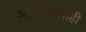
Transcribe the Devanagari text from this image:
आधारलेलीही